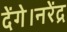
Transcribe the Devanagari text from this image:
देंगे।नरेंद्र